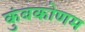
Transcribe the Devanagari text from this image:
कुंबकोणम